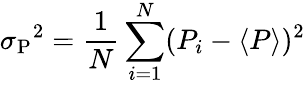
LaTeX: \sigma{_{\mathrm P}}^{2}={\frac{1}{N}}\sum_{i=1}^{N}(P_{i}-\langle P\rangle)^{2}